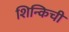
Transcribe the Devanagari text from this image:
शिन्किची